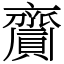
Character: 齎